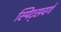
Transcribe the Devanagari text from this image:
स्पिट्सवर्ग